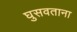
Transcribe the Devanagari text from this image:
घुसवताना